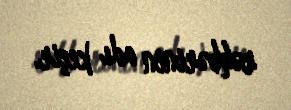
rəhbərinin adı keçir.